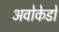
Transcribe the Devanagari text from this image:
अवोकेडो